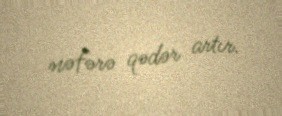
nəfərə qədər artır.